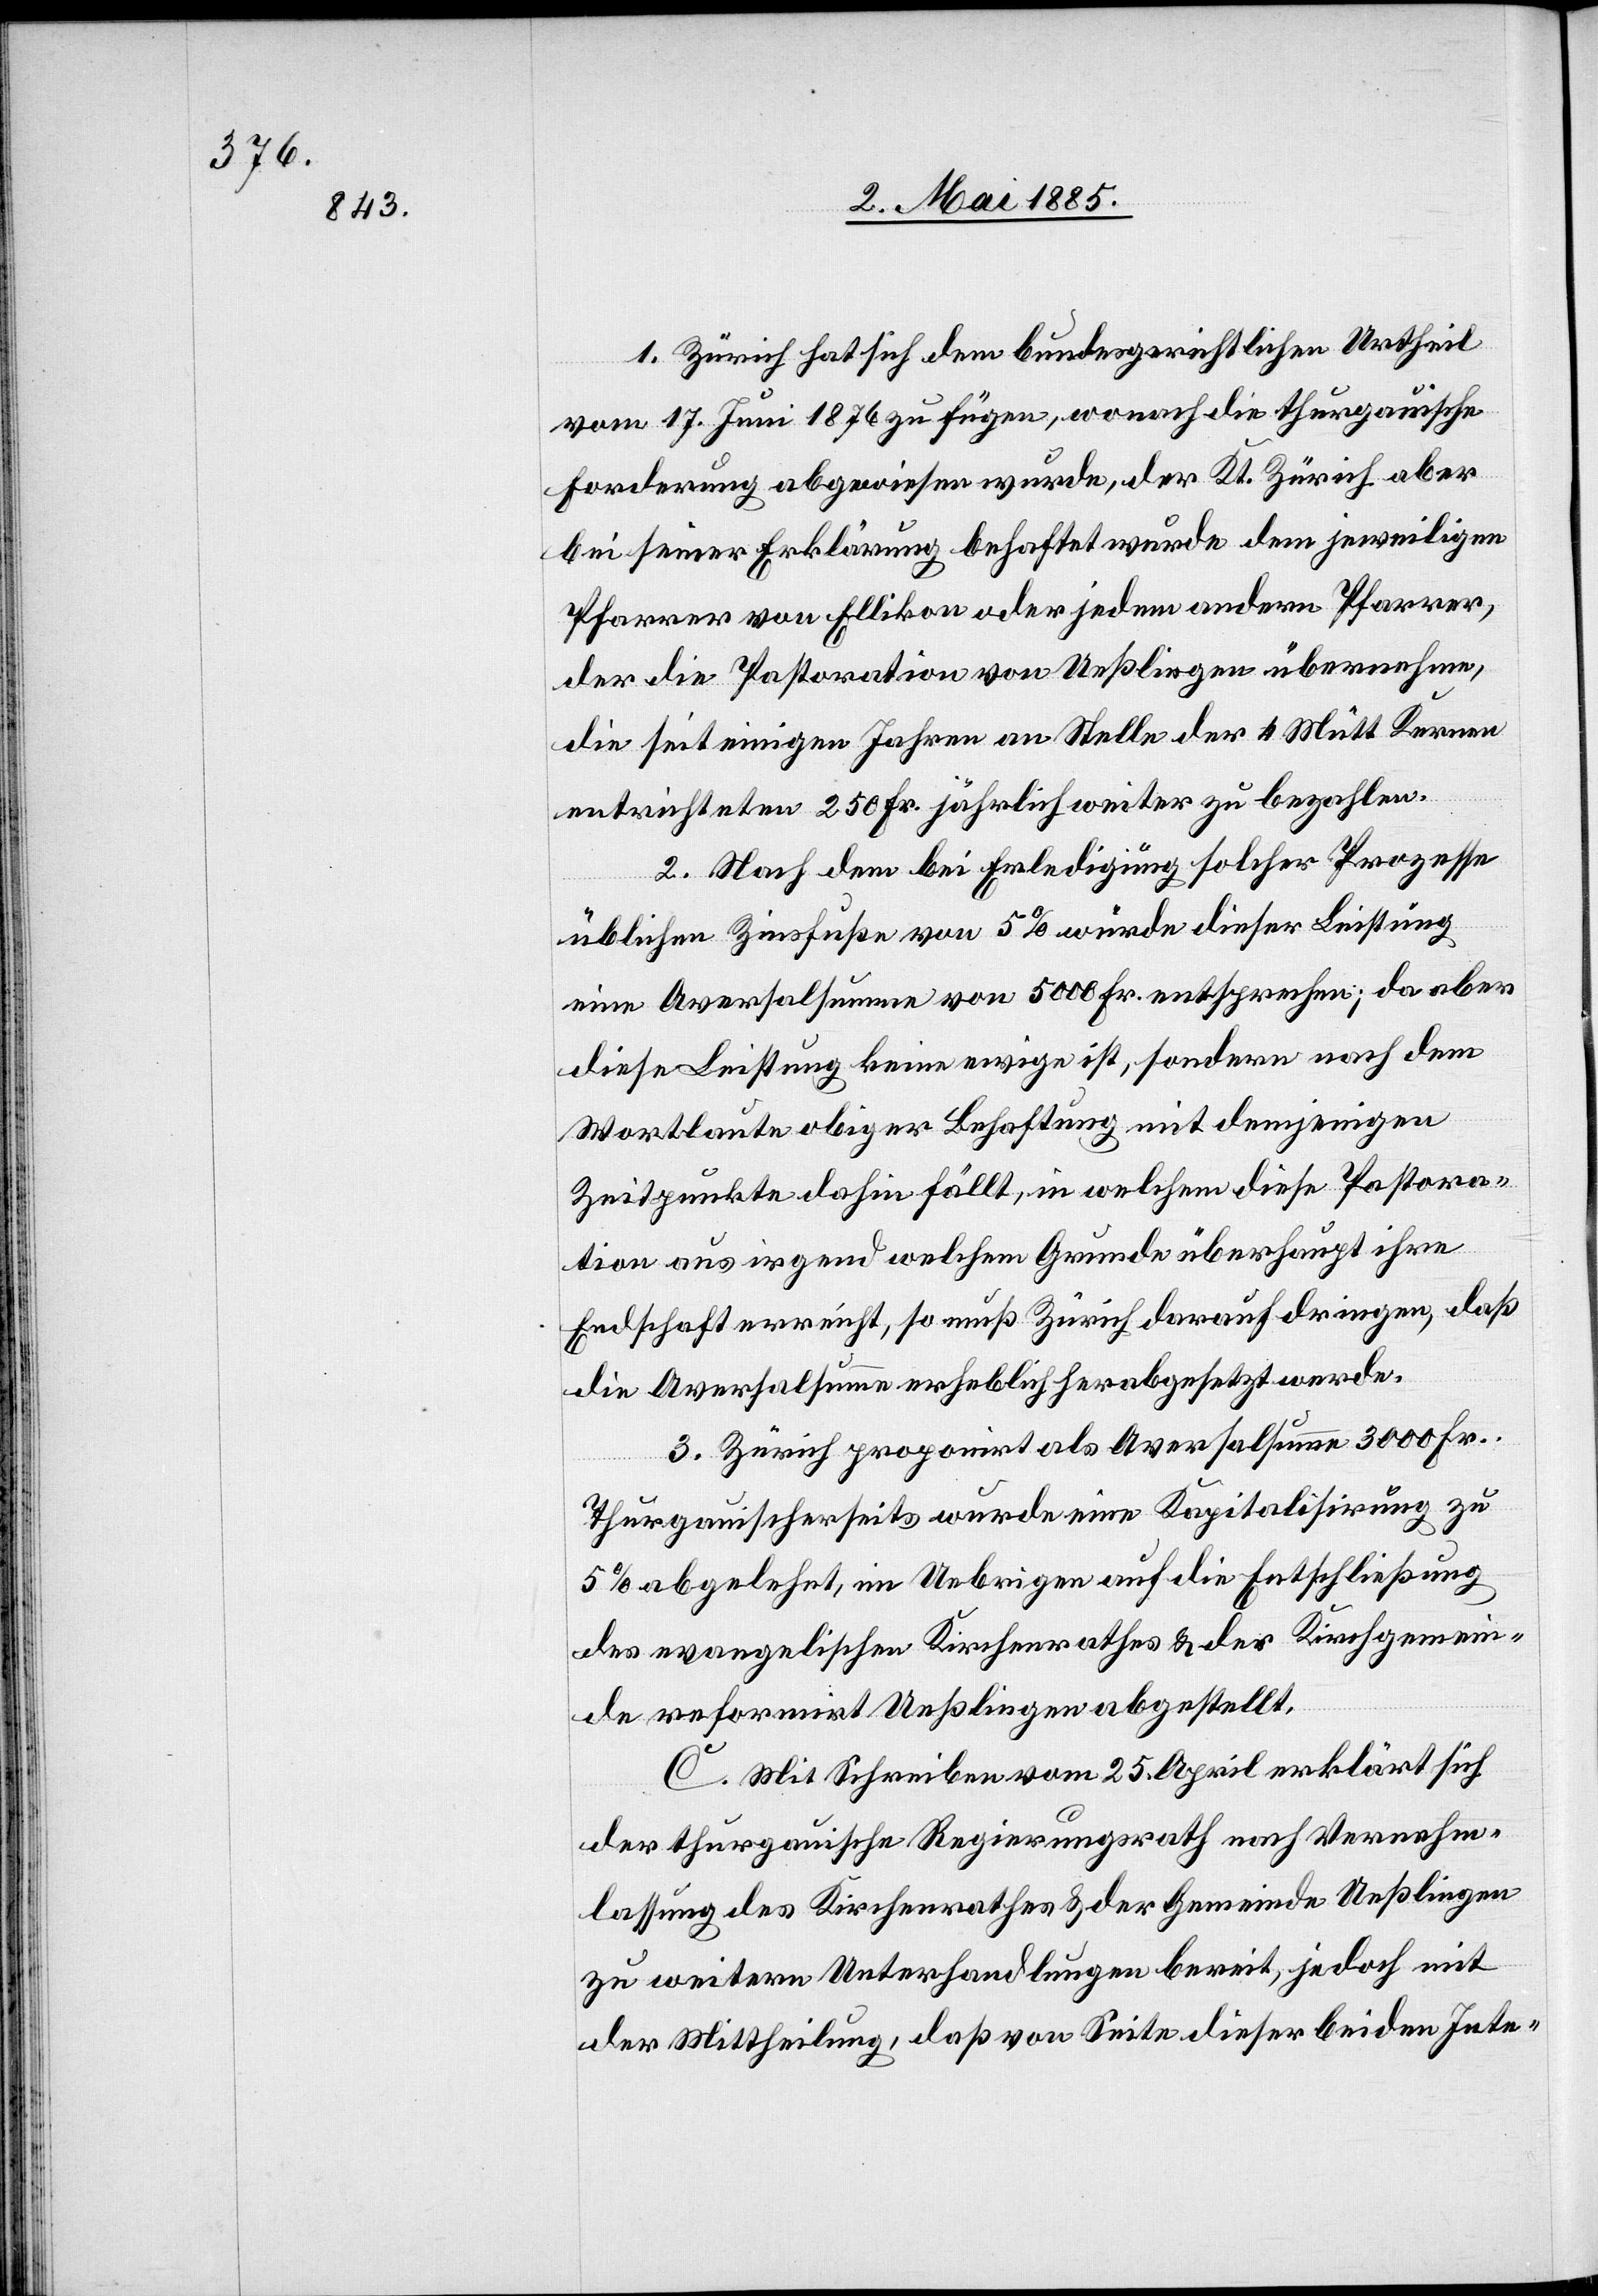
1. Zürich hat sich dem bundesgerichtlichen Urtheil
vom 17. Juni 1876 zu fügen, wonach die thurgauische
Forderung abgewiesen wurde, der Kt. Zürich aber
bei seiner Erklärung behaftet wurde dem jeweiligen
Pfarrer von Ellikon oder jedem andern Pfarrer,
der die Pastoration von Ueßlingen übernehme,
die seit einigen Jahren an Stelle der 4 Mütt Kernen
tion
entrichteten 250 Fr. jährlich weiter zu bezahlen.
2. Nach dem bei Erledigung solcher Prozesse
üblichen Zinsfuße von 5% wurde dieser Leistung
eine Aversalsumme von 5000 Fr. entsprochen; da aber
diese Leistung keine ewige ist, sondern nach dem
Wortlaute obiger Behaftung mit demjenigen
Zeitpunkt dahin fällt, in welchem diese Pastora¬
Thurgauischerseits wurde eine Kapitalisirung zu
5% abgelehnt, im Uebrigen auf die Entschließung
des evangelischen Kirchenrathes & der Kirchgemein¬
de reformirt Ueßlingen abgestellt.
C. Mit Schreiben vom 25. April erklärt sich
der thurgauische Regierungsrath nach Vernehm¬
lassung des Kirchenrathes & der Gemeinde Ueßlingen
zu weitern Unterhandlungen bereit, jedoch mit
der Mittheilung, daß von Seite dieser beiden Inte-